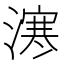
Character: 𣽬